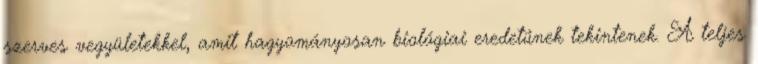
szerves vegyületekkel, amit hagyományosan biológiai eredetűnek tekintenek. A teljes